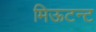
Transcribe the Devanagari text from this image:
मिऊटन्ट